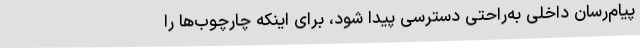
پیام‌رسان داخلی به‌راحتی دسترسی پیدا شود، برای اینکه چارچوب‌ها را